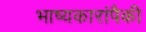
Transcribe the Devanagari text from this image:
भाष्यकारांपैकी